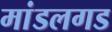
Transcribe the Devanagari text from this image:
मांडलगड